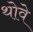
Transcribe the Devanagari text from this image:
थोवे